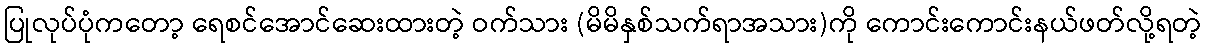
ပြုလုပ်ပုံကတော့ ရေစင်အောင်ဆေးထားတဲ့ ဝက်သား (မိမိနှစ်သက်ရာအသား)ကို ကောင်းကောင်းနယ်ဖတ်လို့ရတဲ့